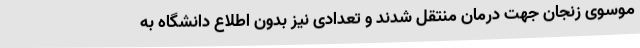
موسوی زنجان جهت درمان منتقل شدند و تعدادی نیز بدون اطلاع دانشگاه به